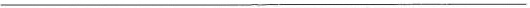
___